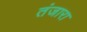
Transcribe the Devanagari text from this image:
तंजारा